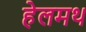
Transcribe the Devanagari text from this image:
हेलमथ